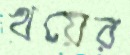
খয়ের